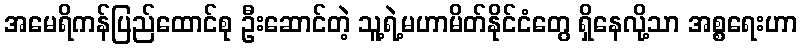
အမေရိကန်ပြည်ထောင်စု ဦးဆောင်တဲ့ သူ့ရဲ့မဟာမိတ်နိုင်ငံတွေ ရှိနေလို့သာ အစ္စရေးဟာ